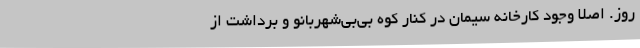
روز. اصلا وجود کارخانه سیمان در کنار کوه بی‌بی‌شهربانو و برداشت از